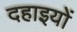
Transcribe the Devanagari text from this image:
दहाइयों